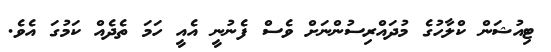
ޓިއުޝަން ކްލާހުގެ މުދައްރިސުންނަށް ވެސް ފެނުނީ އެއީ ހަމަ ތެދެއް ކަމުގަ އެވެ.